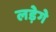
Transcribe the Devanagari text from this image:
लड़ेगे